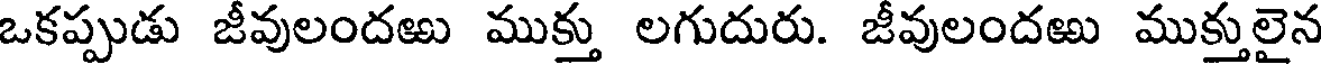
ఒకప్పుడు జీవులందఱు ముక్తు లగుదురు. జీవులందఱు ముక్తులైన